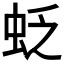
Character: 𧊉